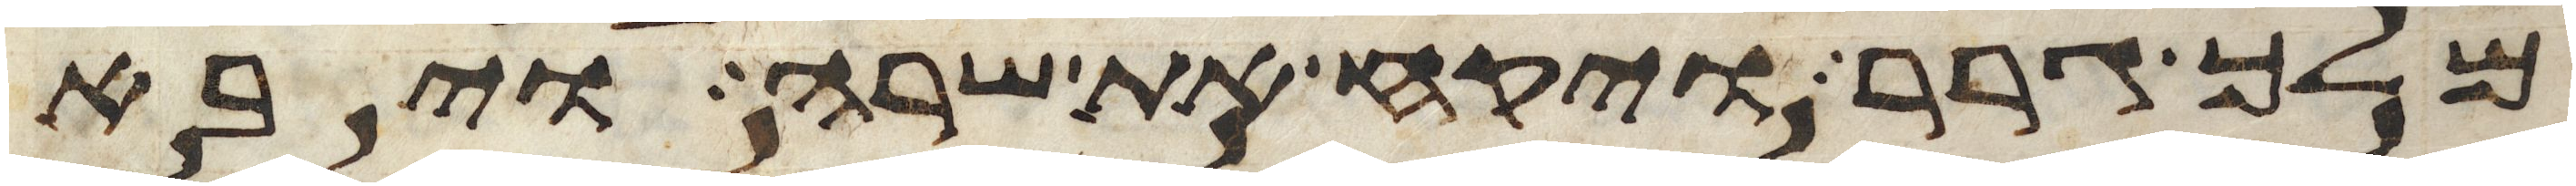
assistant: מלך גרר ויקח את שרה ויבא